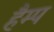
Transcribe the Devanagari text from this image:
हैम्प